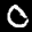
Label: 0